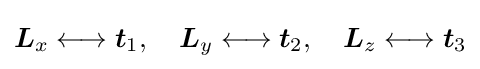
{\boldsymbol {L}}_{x}\longleftrightarrow {\boldsymbol {t}}_{1},\quad {\boldsymbol {L}}_{y}\longleftrightarrow {\boldsymbol {t}}_{2},\quad {\boldsymbol {L}}_{z}\longleftrightarrow {\boldsymbol {t}}_{3}